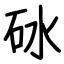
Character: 砅